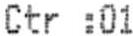
CTR :01